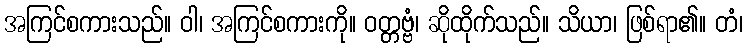
အကြင်စကားသည်။ ဝါ၊ အကြင်စကားကို။ ဝတ္တဗ္ဗံ၊ ဆိုထိုက်သည်။ သိယာ၊ ဖြစ်ရာ၏။ တံ၊